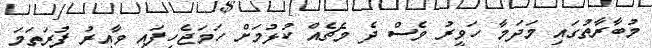
މުބާރާތުގައި މަދަމާ ހަވީރު ވެސް ދެ މެޗެއް ކުޅުމަށް ހަމަޖެހިފައި ވާއިރު ފުރަތަމަ